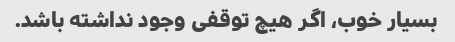
بسیار خوب، اگر هیچ توقفی وجود نداشته باشد.